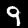
Label: 9